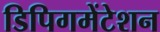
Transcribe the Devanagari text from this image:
डिपिगमेंटेशन